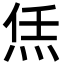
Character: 㶵